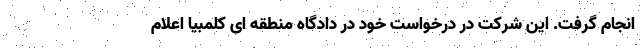
انجام گرفت. این شرکت در درخواست خود در دادگاه منطقه ای کلمبیا اعلام